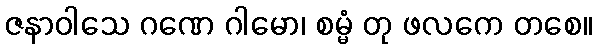
ဇနာဝါသေ ဂဏေ ဂါမော၊ စမ္မံ တု ဖလကေ တစေ။